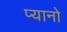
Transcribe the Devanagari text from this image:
प्यानो